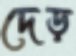
দেড়